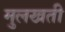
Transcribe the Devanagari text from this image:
मुलखती